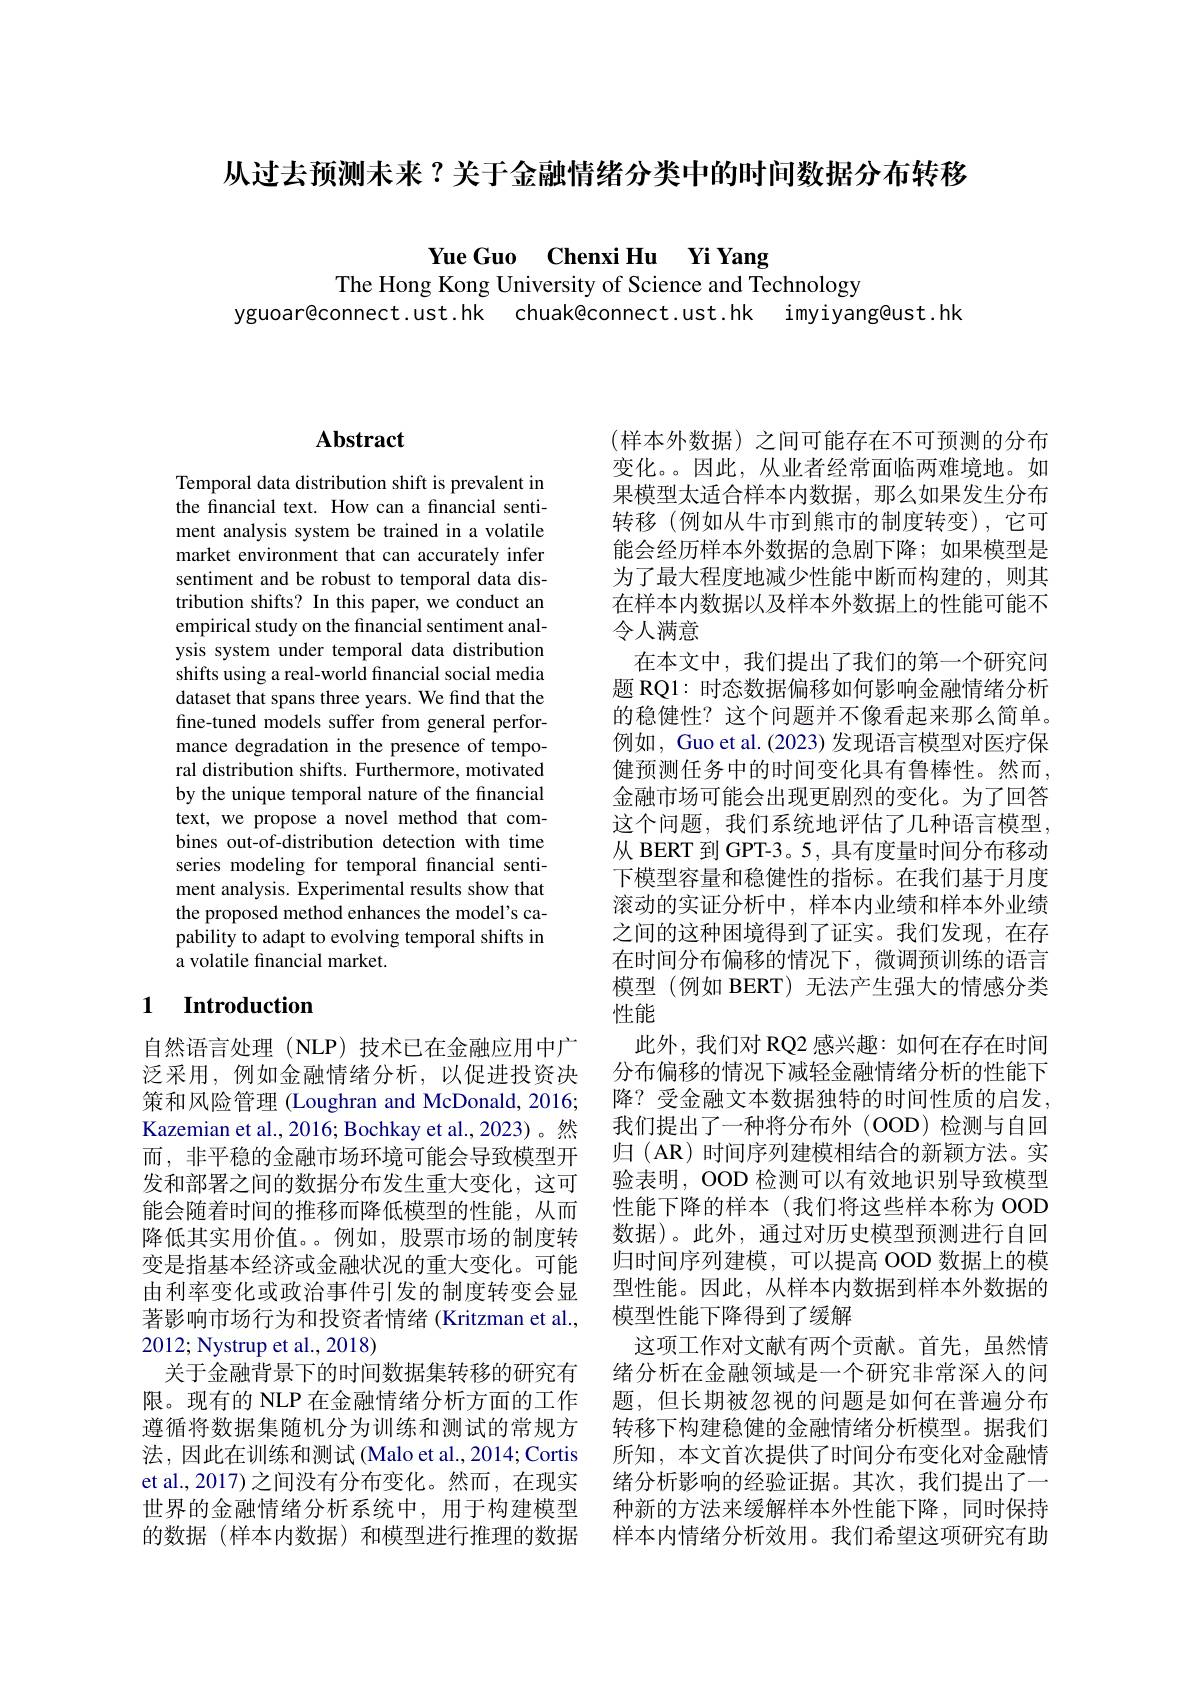
从过去预测未来？关于金融情绪分类中的时间数据分布转移

Yue Guo Chenxi Hu Yi Yang

The Hong Kong University of Science and Technology
yguoar@connect.ust.hk chuak@connect.ust.hk imyiyang@ust.hk

## $\mathbf{Abstract}$

Temporal data distribution shift is prevalent in the financial text. How can a financial sentiment analysis system be trained in a volatile market environment that can accurately infer sentiment and be robust to temporal data distribution shifts? In this paper, we conduct an empirical study on the financial sentiment analysis system under temporal data distribution shifts using a real-world financial social media dataset that spans three years. We find that the fine-tuned models suffer from general performance degradation in the presence of temporal distribution shifts. Furthermore, motivated by the unique temporal nature of the financial text, we propose a novel method that combines out-of-distribution detection with time series modeling for temporal financial sentiment analysis. Experimental results show that the proposed method enhances the model's capability to adapt to evolving temporal shifts in a volatile financial market.

## 1 $\textbf{Introduction}$

自然语言处理(NLP) 技术已在金融应用中广泛采用，例如金融情绪分析，以促进投资决策和风险管理 (Loughran and McDonald, 2016; Kazemian et al., 2016; Bochkay et al., 2023)。然而，非平稳的金融市场环境可能会导致模型开发和部署之间的数据分布发生重大变化，这可能会随着时间的推移而降低模型的性能，从而降低其实用价值。。例如，股票市场的制度转变是指基本经济或金融状况的重大变化。可能由利率变化或政治事件引发的制度转变会显著影响市场行为和投资者情绪 (Kritzman et al., 2012; Nystrup et al., 2018)
关于金融背景下的时间数据集转移的研究有限。现有的 NLP 在金融情绪分析方面的工作遵循将数据集随机分为训练和测试的常规方法，因此在训练和测试 (Malo et al., 2014; Cortis 的数据(样本内数据)和模型进行推理的数据

(样本外数据)之间可能存在不可预测的分布变化。。因此，从业者经常面临两难境地。如果模型太适合样本内数据，那么如果发生分布转移(例如从牛市到熊市的制度转变),它可能会经历样本外数据的急剧下降；如果模型是为了最大程度地减少性能中断而构建的，则其在样本内数据以及样本外数据上的性能可能不令人满意
在本文中，我们提出了我们的第一个研究问题 RQ1: 时态数据偏移如何影响金融情绪分析的稳健性？这个问题并不像看起来那么简单。例如，Guo et al. (2023) 发现语言模型对医疗保健预测任务中的时间变化具有鲁棒性。然而， 金融市场可能会出现更剧烈的变化。为了回答这个问题，我们系统地评估了几种语言模型， 从 BERT 到 GPT-3。5, 具有度量时间分布移动下模型容量和稳健性的指标。在我们基于月度滚动的实证分析中，样本内业绩和样本外业绩之间的这种困境得到了证实。我们发现，在存在时间分布偏移的情况下，微调预训练的语言模型(例如 BERT)无法产生强大的情感分类性能
此外，我们对 RQ2 感兴趣：如何在存在时间分布偏移的情况下减轻金融情绪分析的性能下降？受金融文本数据独特的时间性质的启发， 我们提出了一种将分布外(OOD)检测与自回归 (AR) 时间序列建模相结合的新颖方法。实验表明，OOD 检测可以有效地识别导致模型性能下降的样本(我们将这些样本称为 OOD 数据)。此外，通过对历史模型预测进行自回归时间序列建模，可以提高 OOD 数据上的模型性能。因此，从样本内数据到样本外数据的模型性能下降得到了缓解
这项工作对文献有两个贡献。首先，虽然情绪分析在金融领域是一个研究非常深人的问题，但长期被忽视的问题是如何在普遍分布转移下构建稳健的金融情绪分析模型。据我们所知，本文首次提供了时间分布变化对金融情
et al., 2017)之间没有分布变化。然而，在现实 绪分析影响的经验证据。其次，我们提出了一世界的金融情绪分析系统中，用于构建模型 种新的方法来缓解样本外性能下降，同时保持
样本内情绪分析效用。我们希望这项研究有助